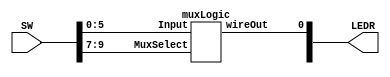
module mux6to1(SW, LEDR);
	input [9:0] SW;
	output [9:0]LEDR;
	wire [2:0] MuxSelect;
	wire [5:0] Input;
	assign MuxSelect = SW[9:7];
	assign Input = SW[5:0];
	
	
	muxLogic MuxLogic(.MuxSelect(MuxSelect[2:0]), .Input(Input[5:0]), .wireOut(LEDR[0]));
endmodule

module muxLogic (MuxSelect, Input, wireOut);
	input [2:0] MuxSelect;
	input [5:0] Input;
	output wireOut;
	reg Out;
	
	always@(*)
		begin
			case(MuxSelect[2:0])
				3'b000: Out = Input[5];
				3'b001: Out = Input[4];
				3'b010: Out = Input[3];
				3'b011: Out = Input[2];
				3'b100: Out = Input[1];
				3'b101: Out = Input[0];
				default: Out = 3'b000;
			endcase
		end
		assign wireOut = Out;
endmodule